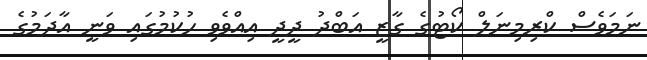
ނަމަވެސް ކްރިމިނަލް ކޯޓުގެ ގާޒީ އަބްދު ދީދީ އިއްވެވި ހުކުމުގައި ވަނީ އާދަމުގެ